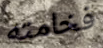
فخامته